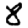
Digit: 8